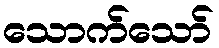
သောက်သော်